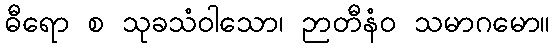
ဓီရော စ သုခသံဝါသော၊ ဉာတီနံဝ သမာဂမော။